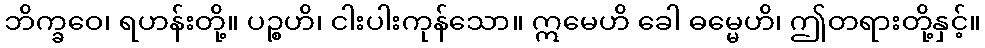
ဘိက္ခဝေ၊ ရဟန်းတို့။ ပဉ္စဟိ၊ ငါးပါးကုန်သော။ ဣမေဟိ ခေါ ဓမ္မေဟိ၊ ဤတရားတို့နှင့်။